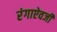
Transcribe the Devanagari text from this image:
रंगाऐवजी